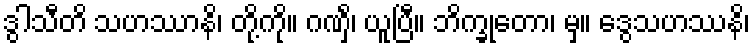
ဒွါသီတိ သဟဿာနိ၊ တို့ကို။ ဂဏှိံ၊ ယူပြီ။ ဘိက္ခုတော၊ မှ။ ဒွေသဟဿနိ၊